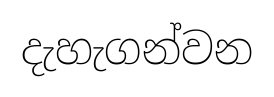
දැහැගන්වන